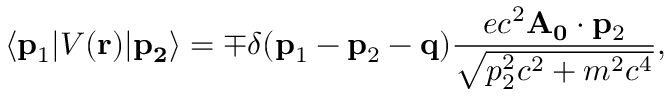
\langle \mathbf { p } _ { 1 } \vert V ( \mathbf { r } ) \vert \mathbf { p _ { 2 } } \rangle = \mp \delta ( \mathbf { p } _ { 1 } - \mathbf { p } _ { 2 } - \mathbf { q } ) \frac { e c ^ { 2 } \mathbf { A _ { 0 } } \cdot \mathbf { p } _ { 2 } } { \sqrt { p _ { 2 } ^ { 2 } c ^ { 2 } + m ^ { 2 } c ^ { 4 } } } ,